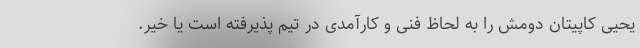
یحیی کاپیتان دومش را به لحاظ فنی و کارآمدی در تیم پذیرفته است یا خیر.